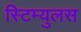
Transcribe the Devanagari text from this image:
स्टिम्युलस